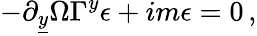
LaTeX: -\partial_{\underline{{{y}}}}\Omega\Gamma^{y}\epsilon+im\epsilon=0\, ,